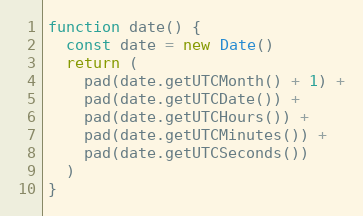
Language: JavaScript
function date() {
  const date = new Date()
  return (
    pad(date.getUTCMonth() + 1) +
    pad(date.getUTCDate()) +
    pad(date.getUTCHours()) +
    pad(date.getUTCMinutes()) +
    pad(date.getUTCSeconds())
  )
}